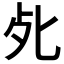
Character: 𭭾